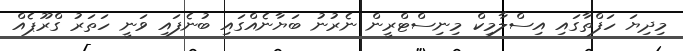
މިދިޔަ ހަފްތާގައި އިސްލާމިކް މިނިސްޓްރީން ނެރުނު ބަޔާނެއްގައި ބުނެފައި ވަނީ ހަތަރު ގްރޫޕެއް